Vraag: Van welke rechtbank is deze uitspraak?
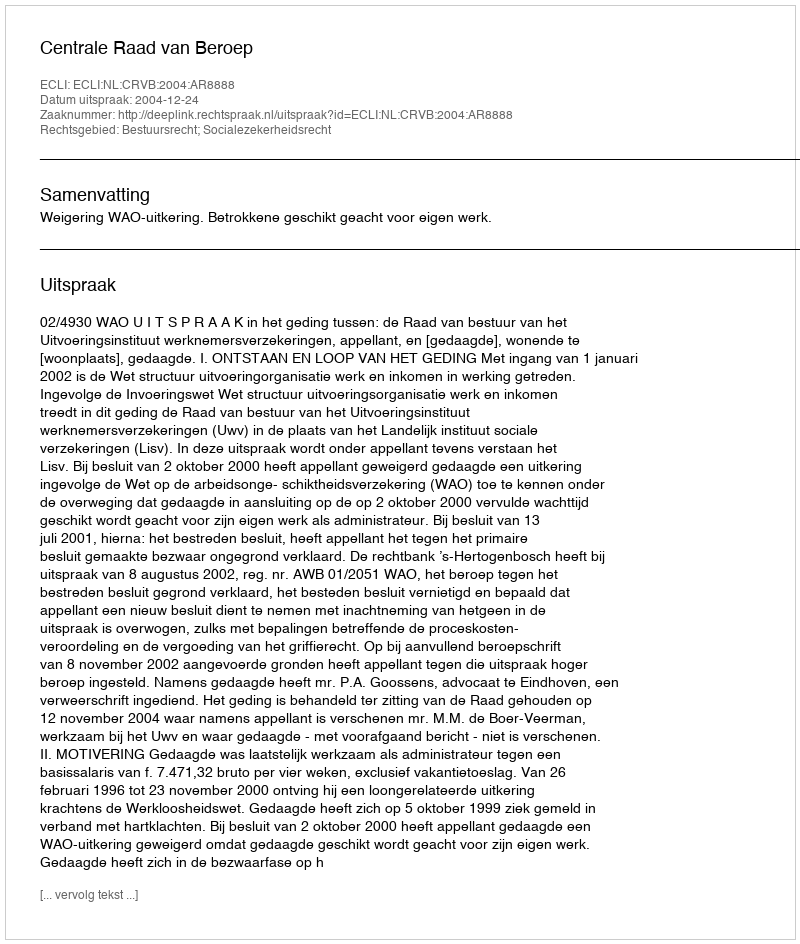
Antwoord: Centrale Raad van Beroep